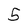
Character: 5